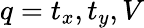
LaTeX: q=t_{x},t_{y},V